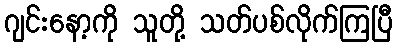
ဂျင်းနော့ကို သူတို့ သတ်ပစ်လိုက်ကြပြီ